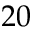
2 0